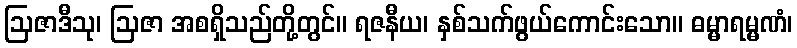
ဩဇာဒီသု၊ ဩဇာ အစရှိသည်တို့တွင်။ ရဇနီယ၊ နှစ်သက်ဖွယ်ကောင်းသော။ ဓမ္မာရမ္မဏံ၊